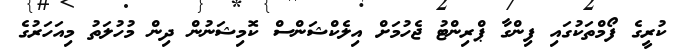
ކުރީގެ ފޯމްތަކުގައި ފިންގާ ޕްރިންޓު ޖެހުމަށް އިލެކްޝަންސް ކޮމިޝަނުން ދިން މުހުލަތު މިއަހަރުގެ